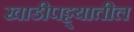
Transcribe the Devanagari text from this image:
खाडीपट्ट्यातील